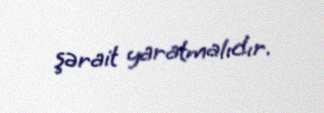
şərait yaratmalıdır.